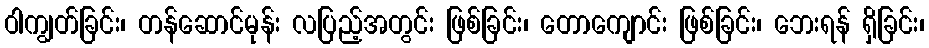
ဝါကျွတ်ခြင်း၊ တန်ဆောင်မုန်း လပြည့်အတွင်း ဖြစ်ခြင်း၊ တောကျောင်း ဖြစ်ခြင်း၊ ဘေးရန် ရှိခြင်း၊